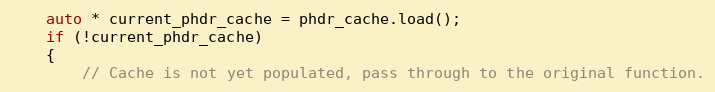
Language: C++
    auto * current_phdr_cache = phdr_cache.load();
    if (!current_phdr_cache)
    {
        // Cache is not yet populated, pass through to the original function.